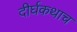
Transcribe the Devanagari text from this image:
दीर्घकथाच